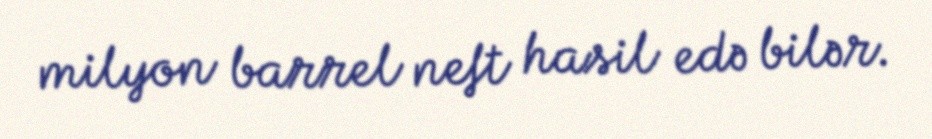
milyon barrel neft hasil edə bilər.